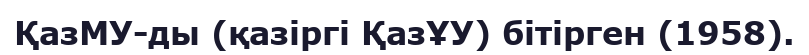
ҚазМУ-ды (қазіргі ҚазҰУ) бітірген (1958).